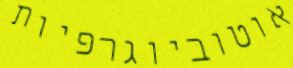
אוטוביוגרפיות